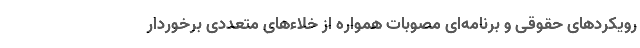
رویکردهای حقوقی و برنامه‌ای مصوبات همواره از خلاءهای متعددی برخوردار